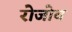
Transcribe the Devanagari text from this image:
रोजोव